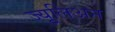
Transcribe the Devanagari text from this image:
ज्युूलिअन